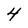
Character: 4